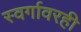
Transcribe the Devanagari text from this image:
स्वर्गावरही